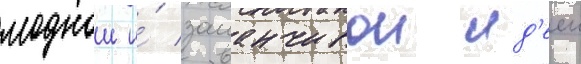
моднои и́ заманчивои ид'ееи